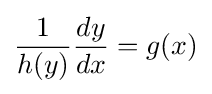
{\frac {1}{h(y)}}{\frac {dy}{dx}}=g(x)